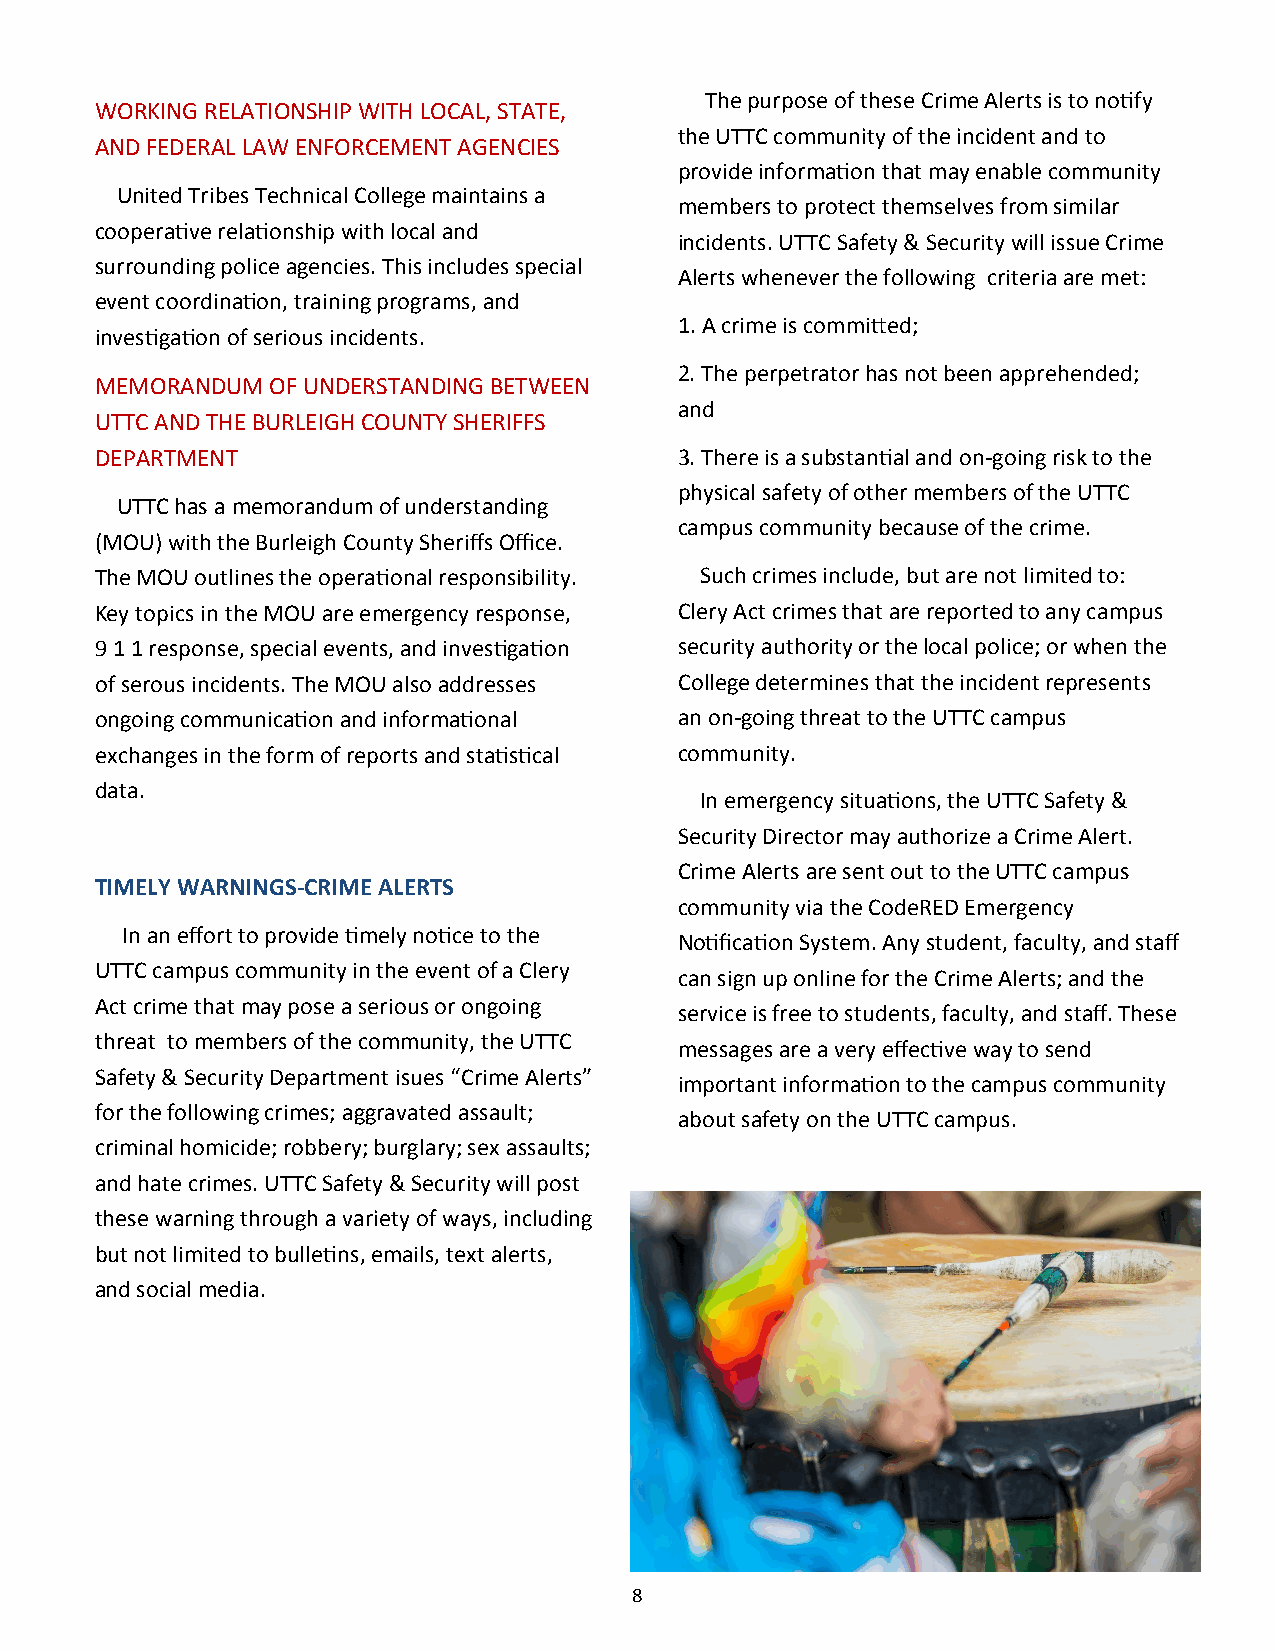
The purpose of these Crime Alerts is to notify
 WORKING RELATIONSHIP WITH LOCAL, STATE,
 the UTTC community of the incident and to
 AND FEDERAL LAW ENFORCEMENT AGENCIES
 provide information that may enable community
 United Tribes Technical College maintains a
 members to protect themselves from similar
 cooperative relationship with local and
 incidents. UTTC Safety & Security will issue Crime
 surrounding police agencies. This includes special
 Alerts whenever the following criteria are met:
 event coordination, training programs, and
 1. A crime is committed;
 investigation of serious incidents.
 2. The perpetrator has not been apprehended;
 MEMORANDUM  OF UNDERSTANDING BETWEEN
 and
 UTTC AND THE BURLEIGH COUNTY SHERIFFS
 DEPARTMENT                             3. There is a substantial and on-going risk to the
 physical safety of other members of the UTTC
 UTTC has a memorandum of understanding
 campus community because of the crime.
 (MOU) with the Burleigh County Sheriffs Office.
 The MOU outlines the operational responsibility. Such crimes include, but are not limited to:
 Key topics in the MOU are emergency response, Clery Act crimes that are reported to any campus
 9 1 1 response, special events, and investigation security authority or the local police; or when the
 of serous incidents. The MOU also addresses College determines that the incident represents
 ongoing communication and informational an on-going threat to the UTTC campus
 exchanges in the form of reports and statistical community.
 data.
 In emergency situations, the UTTC Safety &
 Security Director may authorize a Crime Alert.
 Crime Alerts are sent out to the UTTC campus
 TIMELY WARNINGS-CRIME ALERTS
 community via the CodeRED Emergency
 In an effort to provide timely notice to the
 Notification System. Any student, faculty, and staff
 UTTC campus community in the event of a Clery
 can sign up online for the Crime Alerts; and the
 Act crime that may pose a serious or ongoing
 service is free to students, faculty, and staff. These
 threat to members of the community, the UTTC
 messages are a very effective way to send
 Safety & Security Department isues “Crime Alerts”
 important information to the campus community
 for the following crimes; aggravated assault;
 about safety on the UTTC campus.
 criminal homicide; robbery; burglary; sex assaults;
 and hate crimes. UTTC Safety & Security will post
 these warning through a variety of ways, including
 but not limited to bulletins, emails, text alerts,
 and social media.
 8